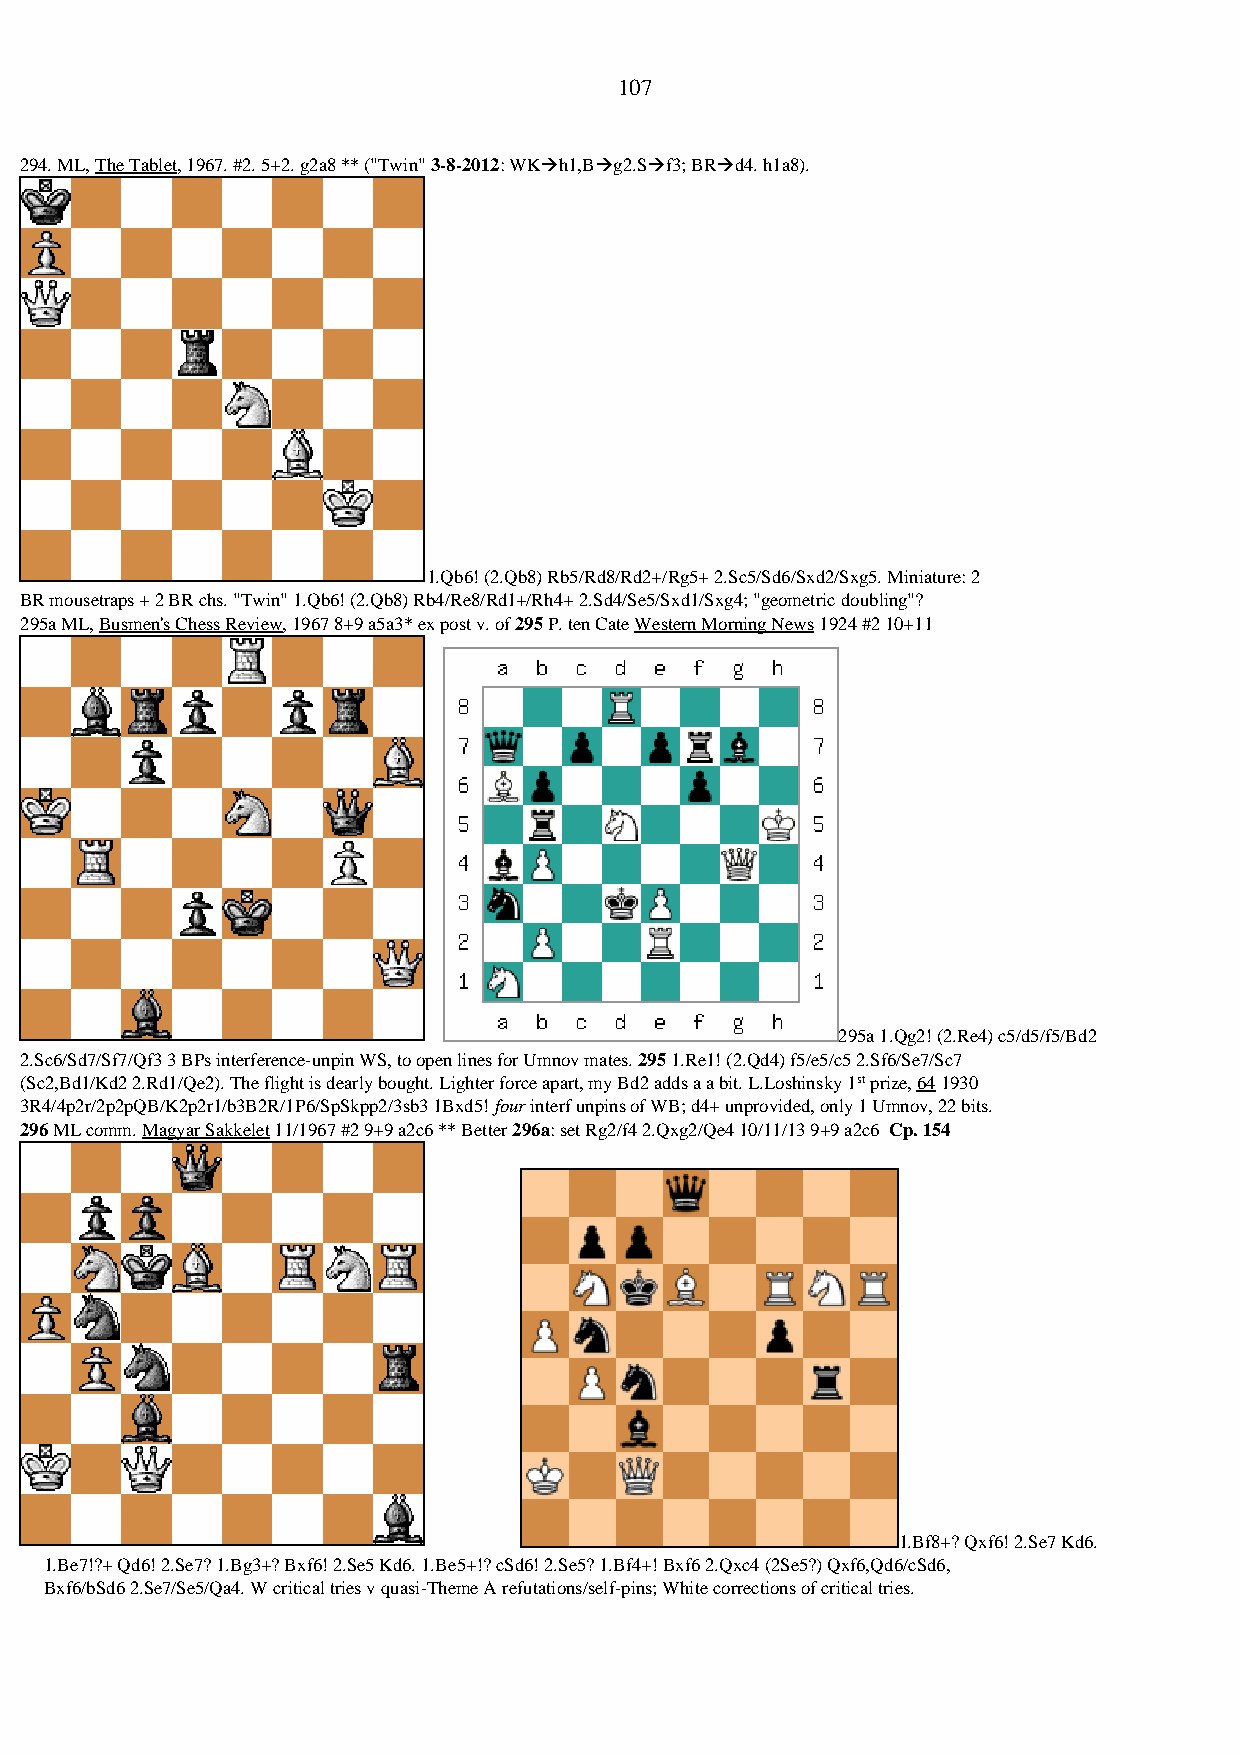
107
 294. ML, The Tablet, 1967. #2. 5+2. g2a8 ** ("Twin" 3-8-2012: WK→h1,B→g2.S→f3; BR→d4. h1a8).
 1.Qb6! (2.Qb8) Rb5/Rd8/Rd2+/Rg5+ 2.Sc5/Sd6/Sxd2/Sxg5. Miniature: 2
 BR mousetraps + 2 BR chs. "Twin" 1.Qb6! (2.Qb8) Rb4/Re8/Rd1+/Rh4+ 2.Sd4/Se5/Sxd1/Sxg4; "geometric doubling"?
 295a ML, Busmen's Chess Review, 1967 8+9 a5a3* ex post v. of 295 P. ten Cate Western Morning News 1924 #2 10+11
 295a 1.Qg2! (2.Re4) c5/d5/f5/Bd2
 2.Sc6/Sd7/Sf7/Qf3 3 BPs interference-unpin WS, to open lines for Umnov mates. 295 1.Re1! (2.Qd4) f5/e5/c5 2.Sf6/Se7/Sc7
 (Sc2,Bd1/Kd2 2.Rd1/Qe2). The flight is dearly bought. Lighter force apart, my Bd2 adds a a bit. L.Loshinsky 1st prize, 64 1930
 3R4/4p2r/2p2pQB/K2p2r1/b3B2R/1P6/SpSkpp2/3sb3 1Bxd5! four interf unpins of WB; d4+ unprovided, only 1 Umnov, 22 bits.
 296 ML comm. Magyar Sakkelet 11/1967 #2 9+9 a2c6 ** Better 296a: set Rg2/f4 2.Qxg2/Qe4 10/11/13 9+9 a2c6 Cp. 154
 1.Bf8+? Qxf6! 2.Se7 Kd6.
 1.Be7!?+ Qd6! 2.Se7? 1.Bg3+? Bxf6! 2.Se5 Kd6. 1.Be5+!? cSd6! 2.Se5? 1.Bf4+! Bxf6 2.Qxc4 (2Se5?) Qxf6,Qd6/cSd6,
 Bxf6/bSd6 2.Se7/Se5/Qa4. W critical tries v quasi-Theme A refutations/self-pins; White corrections of critical tries.